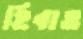
হিবাও